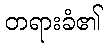
တရားခံ၏